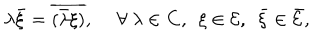
LaTeX: \lambda \bar { \xi } = \overline { { { ( \bar { \lambda } \xi ) } } } , ~ ~ \forall ~ \lambda \in { \bf C } , ~ ~ \xi \in { \cal E } , ~ ~ \bar { \xi } \in \bar { \cal E } ,